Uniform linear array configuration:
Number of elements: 4
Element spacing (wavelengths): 1
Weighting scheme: blackman
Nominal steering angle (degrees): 45
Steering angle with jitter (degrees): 45.125
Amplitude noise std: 0.05
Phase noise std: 0.05

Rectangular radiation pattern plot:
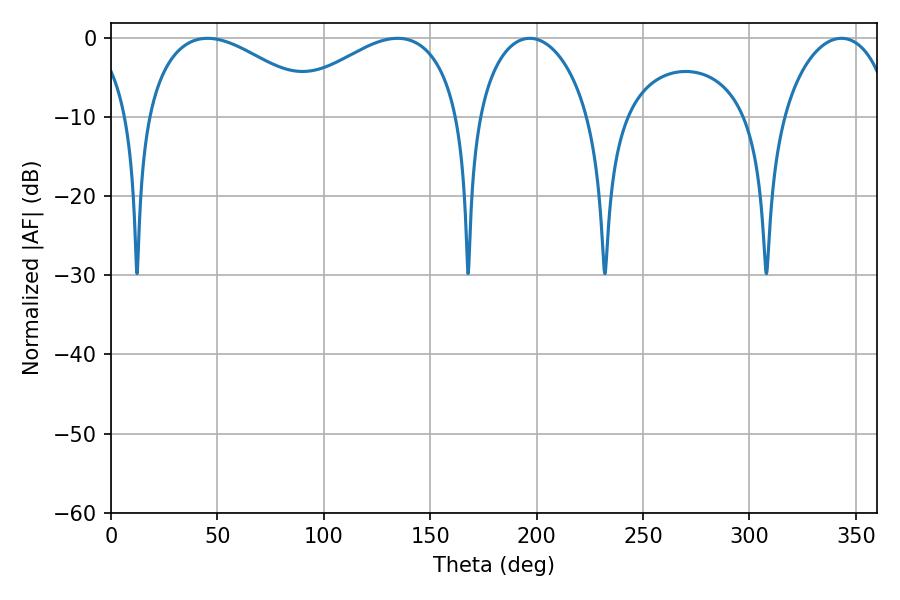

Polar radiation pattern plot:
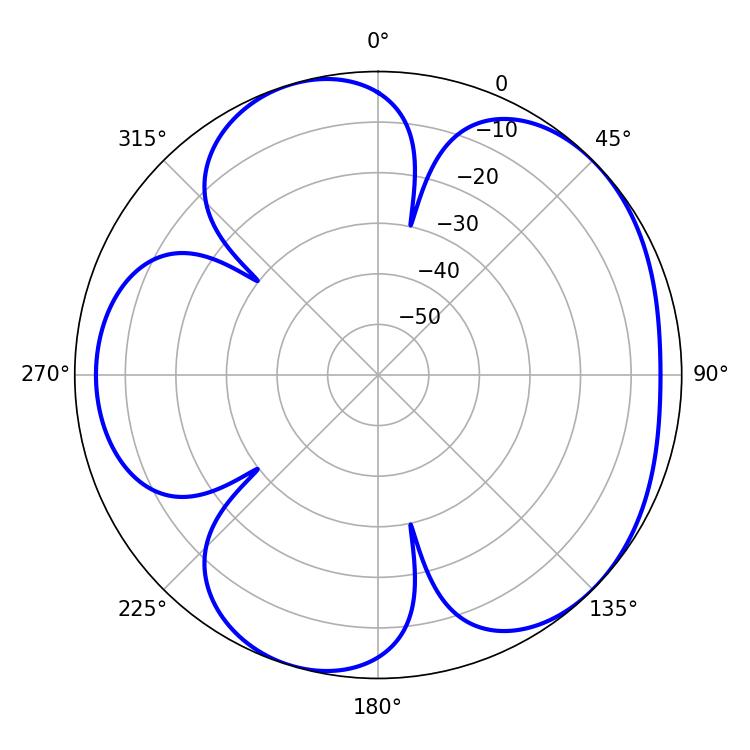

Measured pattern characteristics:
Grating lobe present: TRUE
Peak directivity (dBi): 4.901
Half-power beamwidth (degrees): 46.44
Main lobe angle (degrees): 45.36